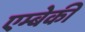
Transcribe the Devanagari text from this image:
एम्बेकी